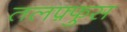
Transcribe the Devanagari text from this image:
तलफ़्फुस